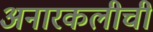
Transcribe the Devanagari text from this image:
अनारकलीची